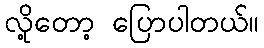
လို့တော့ ပြောပါတယ်။